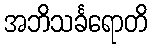
အဘိသင်္ခရောတိ